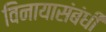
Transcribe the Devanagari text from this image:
विनायासंबंधी